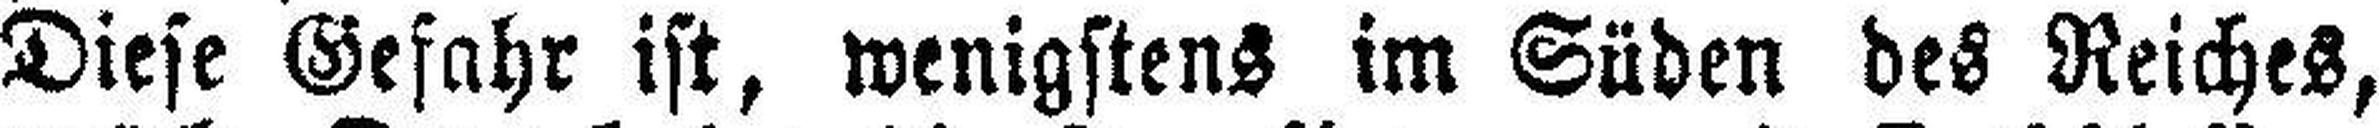
Diese Gefahr ist, wenigstens im Süden des Reiches,